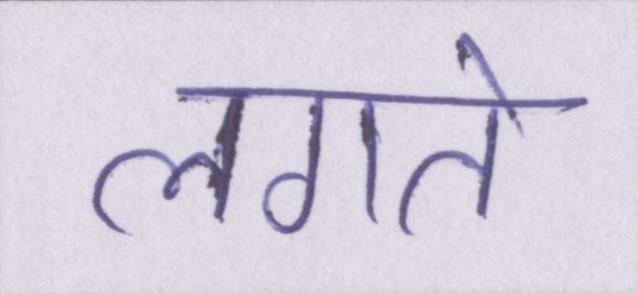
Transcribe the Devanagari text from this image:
लगते